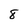
Character: 8